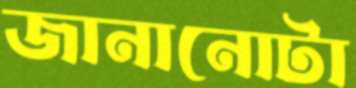
জানানোটা